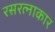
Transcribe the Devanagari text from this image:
रसरत्नाकार